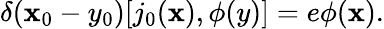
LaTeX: \delta(\mathbf{x}_{0}-y_{0})[j_{0}(\mathbf{x}),\phi(y)]=e\phi(\mathbf{x}).